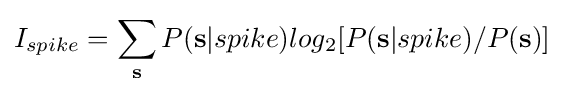
I_{spike}=\sum _{\mathbf {s} }P(\mathbf {s} |spike)log_{2}[P(\mathbf {s} |spike)/P(\mathbf {s} )]